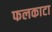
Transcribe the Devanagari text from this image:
फलकाटा